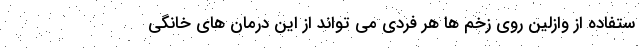
ستفاده از وازلین روی زخم ها هر فردی می تواند از این درمان های خانگی